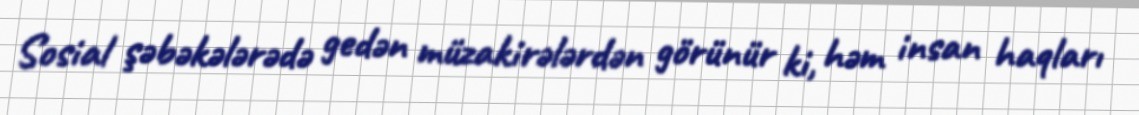
Sosial şəbəkələrədə gedən müzakirələrdən görünür ki, həm insan haqları